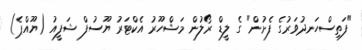
"ފަތިސްހަނދުވަރުގެ ފެށުން" ގެ ލީޑް ރޯލުން މަޝްހޫރު އެކްޓަރު ޔޫސުފް ޝަފީއު (ޔޫއްޕެ)